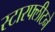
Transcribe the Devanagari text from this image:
स्टारफ्लीटने